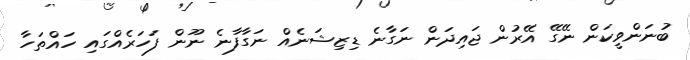
ބުނަންވީކަން ނޭގޭ އޭރުން ޖައިދަން ނަގާނެ ޑިޒިޝަނެއް ނަގާފާނެ ނޫން ފަހަރެއްގައި ހައްތަހާ